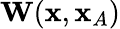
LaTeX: {\mathbf W}({\mathbf x},{\mathbf x}_{A})